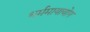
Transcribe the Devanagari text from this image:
धर्ममायायोग